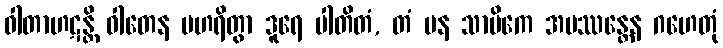
ဝါတာဟဋန္တိ ဝါတေန ပဟရိတွာ ဒူရေ ပါတိတံ, တံ ပန သာမိကေ အပဿန္တေန ဂဟေတုံ